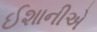
ઈશાનીએ